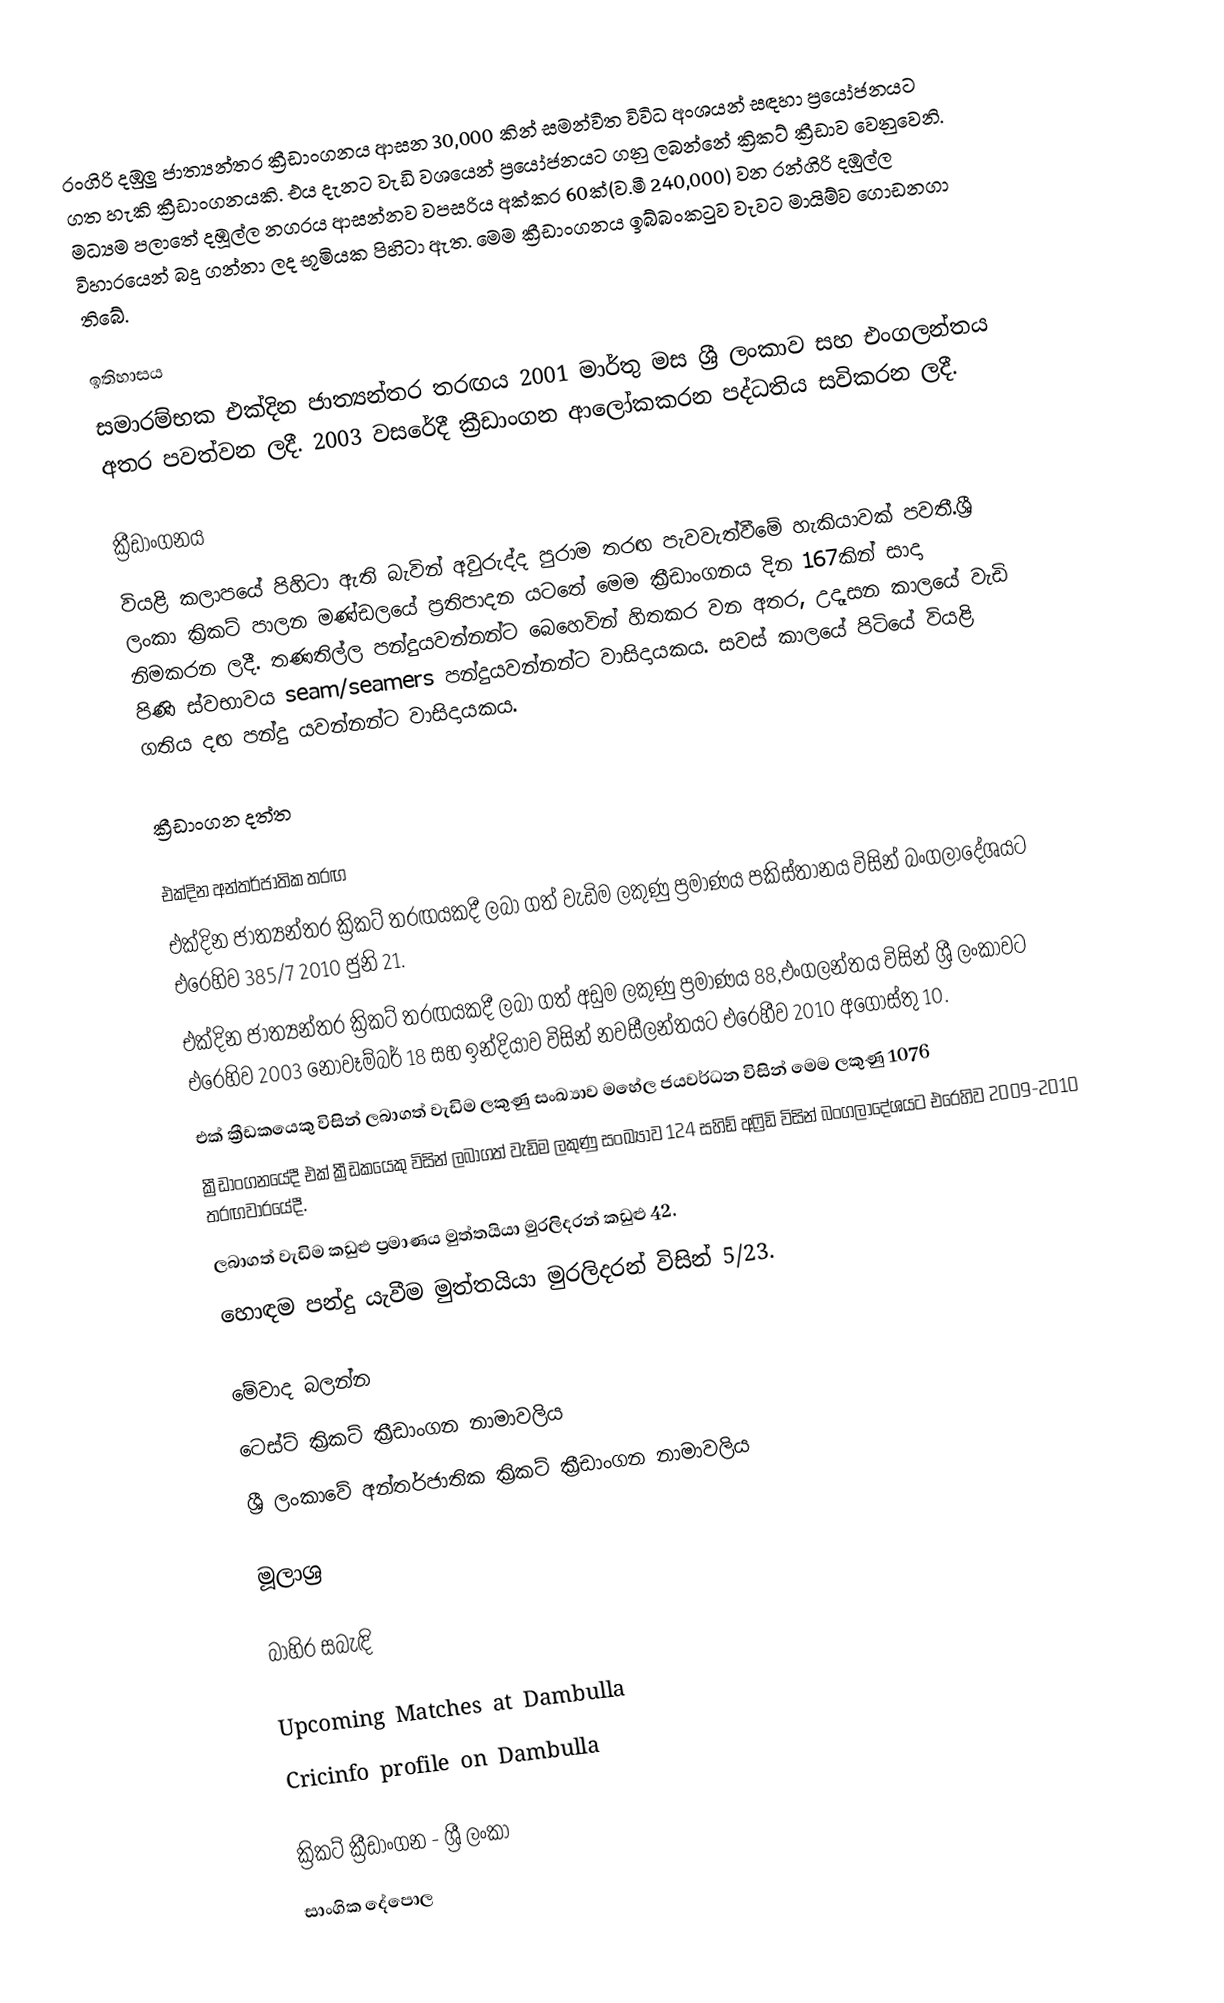
රංගිරි දඹුලු ජාත්‍යන්තර ක්‍රීඩාංගනය ආසන 30,000 කින් සමන්විත විවිධ අංශයන් සඳහා ප්‍රයෝජනයට ගත හැකි ක්‍රීඩාංගනයකි. එය දැනට වැඩි වශයෙන් ප්‍රයෝජනයට ගනු ලබන්නේ ක්‍රිකට් ක්‍රීඩාව වෙනුවෙනි. මධ්‍යම පලාතේ දඹූල්ල නගරය ආසන්නව වපසරිය අක්කර 60ක්(ව.මී 240,000) වන රන්ගිරි දඹුල්ල  විහාරයෙන් බදු ගන්නා ලද භූමියක පිහිටා ඇත. මෙම ක්‍රීඩාංගනය ඉබ්බංකටුව වැවට මායිම්ව ගොඩනගා තිබේ.

ඉතිහාසය
සමාරම්භක එක්දින ජාත්‍යන්තර තරඟය‍‍ 2001 මාර්තු මස ශ්‍රී ලංකාව  සහ එංගලන්තය අතර පවත්වන ලදී. 2003 වසරේදී ක්‍රීඩාංගන ආලෝකකරන පද්ධතිය සවිකරන ලදී.

ක්‍රීඩාංගනය
වියළි කලාපයේ පිහිටා ඇති බැවින් අවුරුද්ද පුරාම තරඟ පැවවැත්වීමේ හැකියාවක් පවතී.ශ්‍රී ලංකා ක්‍රිකට් පාලන මණ්ඩලයේ ප්‍රතිපාදන යටතේ මෙම ක්‍රීඩාංගනය දින 167කින් සාදා නිමකරන ලදී. තණතිල්ල පන්දුයවන්නන්ට බෙහෙවින් හිතකර වන අතර, උදෑසන කාලයේ වැඩි පිණි ස්වභාවය seam/seamers පන්දුයවන්නන්ට වාසිදායකය. සවස් කාලයේ පිටියේ වියළි ගතිය දඟ පන්දු යවන්නන්ට වාසිදායකය.

ක්‍රීඩාංගන දත්ත

එක්දින අන්තර්ජාතික තරඟ
එක්දින ජාත්‍යන්තර ක්‍රිකට් තරඟයකදී ලබා ගත් වැඩිම ලකුණු ප්‍රමාණය පකිස්තානය විසින් බංගලාදේශයට එරෙහිව 385/7 2010 ජුනි 21.
එක්දින ජාත්‍යන්තර ක්‍රිකට් තරඟයකදී ලබා ගත් අඩුම ලකුණු ප්‍රමාණය 88,එංගලන්තය විසින් ශ්‍රී ලංකාවට එරෙහිව 2003 නොවෑම්බර් 18 සහ  ඉන්දියාව විසින් නවසීලන්තයට එරෙහීව 2010 අගෝස්තු 10.
එක් ක්‍රීඩකයෙකු විසින් ලබාගත් වැඩිම ලකුණු සංඛ්‍යාව මහේල ජයවර්ධන විසින් මෙම ලකුණු  1076
ක්‍රීඩාංගනයේදී එක් ක්‍රීඩකයෙකු විසින් ලබාගත් වැඩිම ලකුණු සංඛ්‍යාව 124 සහිඩ් අෆ්‍රිඩි විසින් බංගලාදේශයට එරෙහිව 2009-2010 තරඟවාරයේදී.
ලබාගත් වැඩිම කඩුළු ‍ප්‍රමාණය මුත්තයියා මුරලිදරන් කඩුළු 42.
හොඳම පන්දු යැවීම මුත්තයියා මුරලිදරන් විසින්  5/23.

මේවාද බලන්න
 ටෙස්ට් ක්‍රිකට් ක්‍රීඩාංගන නාමාවලිය
 ශ්‍රී ලංකාවේ අන්තර්ජාතික ක්‍රිකට් ක්‍රීඩාංගන නාමාවලිය

මූලාශ්‍ර

බාහිර සබැඳි

 Upcoming Matches at Dambulla
 Cricinfo profile on Dambulla

ක්‍රිකට් ක්‍රීඩාංගන - ශ්‍රී ලංකා
සාංගික දේපොල